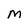
Character: m